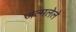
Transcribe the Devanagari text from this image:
जल्मलेले